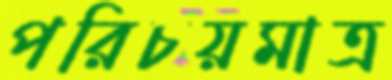
পরিচয়মাত্র